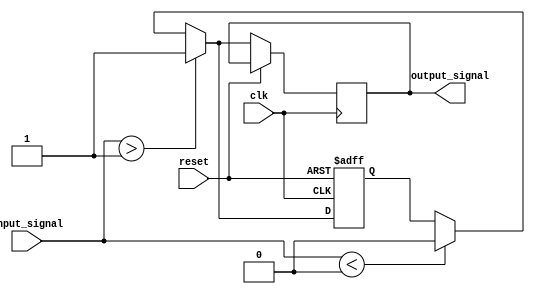
module schmitt_trigger (
    input wire clk,
    input wire reset,
    input wire input_signal,
    output reg output_signal
);

reg prev_output;

parameter UPPER_THRESHOLD = 1; // Upper threshold voltage
parameter LOWER_THRESHOLD = 0; // Lower threshold voltage

always @(posedge clk or posedge reset) begin
    if (reset) begin
       prev_output <= 0;
    end else begin
        if (input_signal > UPPER_THRESHOLD) begin
            output_signal <= 1;
            prev_output <= 1;
        end else if (input_signal < LOWER_THRESHOLD) begin
            output_signal <= 0;
            prev_output <= 0;
        end else begin
            output_signal <= prev_output;
        end
    end
end

endmodule